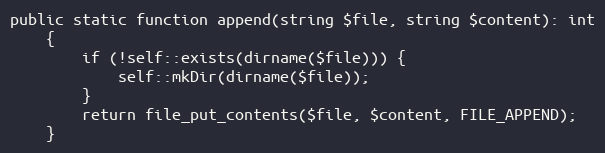
Language: PHP
public static function append(string $file, string $content): int
    {
        if (!self::exists(dirname($file))) {
            self::mkDir(dirname($file));
        }
        return file_put_contents($file, $content, FILE_APPEND);
    }